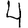
Digit: 4